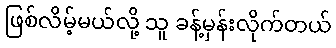
ဖြစ်လိမ့်မယ်လို့ သူ ခန့်မှန်းလိုက်တယ်